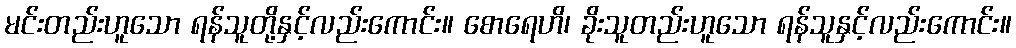
မင်းတည်းဟူသော ရန်သူတို့နှင့်လည်းကောင်း။ စောရေဟိ၊ ခိုးသူတည်းဟူသော ရန်သူနှင့်လည်းကောင်း။